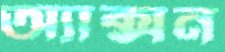
অ্যাক্সন